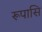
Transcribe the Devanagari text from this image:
रूपासि